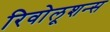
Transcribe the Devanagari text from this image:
रिवोलूशन्स